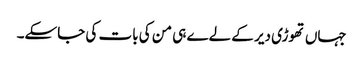
جہاں تھوڑی دیر کے لےے ہی من کی بات کی جاسکے۔